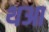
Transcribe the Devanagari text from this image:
थआ